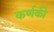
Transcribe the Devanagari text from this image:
कर्णकी